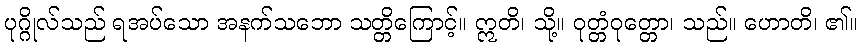
ပုဂ္ဂိုလ်သည် ရအပ်သော အနက်သဘော သတ္တိကြောင့်။ ဣတိ၊ သို့။ ဝုတ္တံဝုတ္တော၊ သည်။ ဟောတိ၊ ၏။